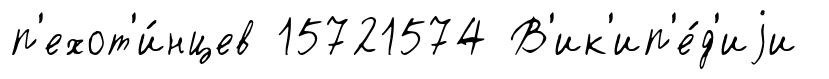
п'ехот'и́нцев 15721574 В'ик'ип'е́д'иjи